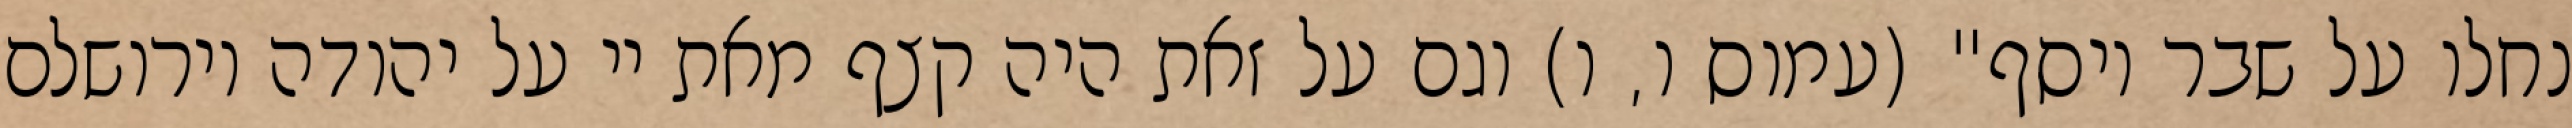
נחלו על שבר יוסף" (עמוס ו, ו) וגם על זאת היה קצף מאת יי על יהודה וירושלם